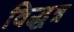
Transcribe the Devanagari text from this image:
विद्धत्र